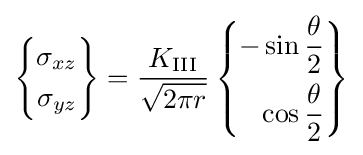
\left\{{\begin{aligned}\sigma _{xz}\\\sigma _{yz}\end{aligned}}\right\}={\frac {K_{\rm {III}}}{\sqrt {2\pi r}}}\left\{{\begin{aligned}-\sin {\frac {\theta }{2}}\\\cos {\frac {\theta }{2}}\end{aligned}}\right\}